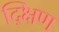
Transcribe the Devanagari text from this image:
द्क्षिण